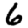
Digit: 6